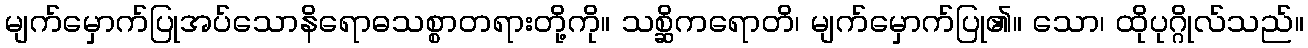
မျက်မှောက်ပြုအပ်သောနိရောဓသစ္စာတရားတို့ကို။ သစ္ဆိကရောတိ၊ မျက်မှောက်ပြု၏။ သော၊ ထိုပုဂ္ဂိုလ်သည်။